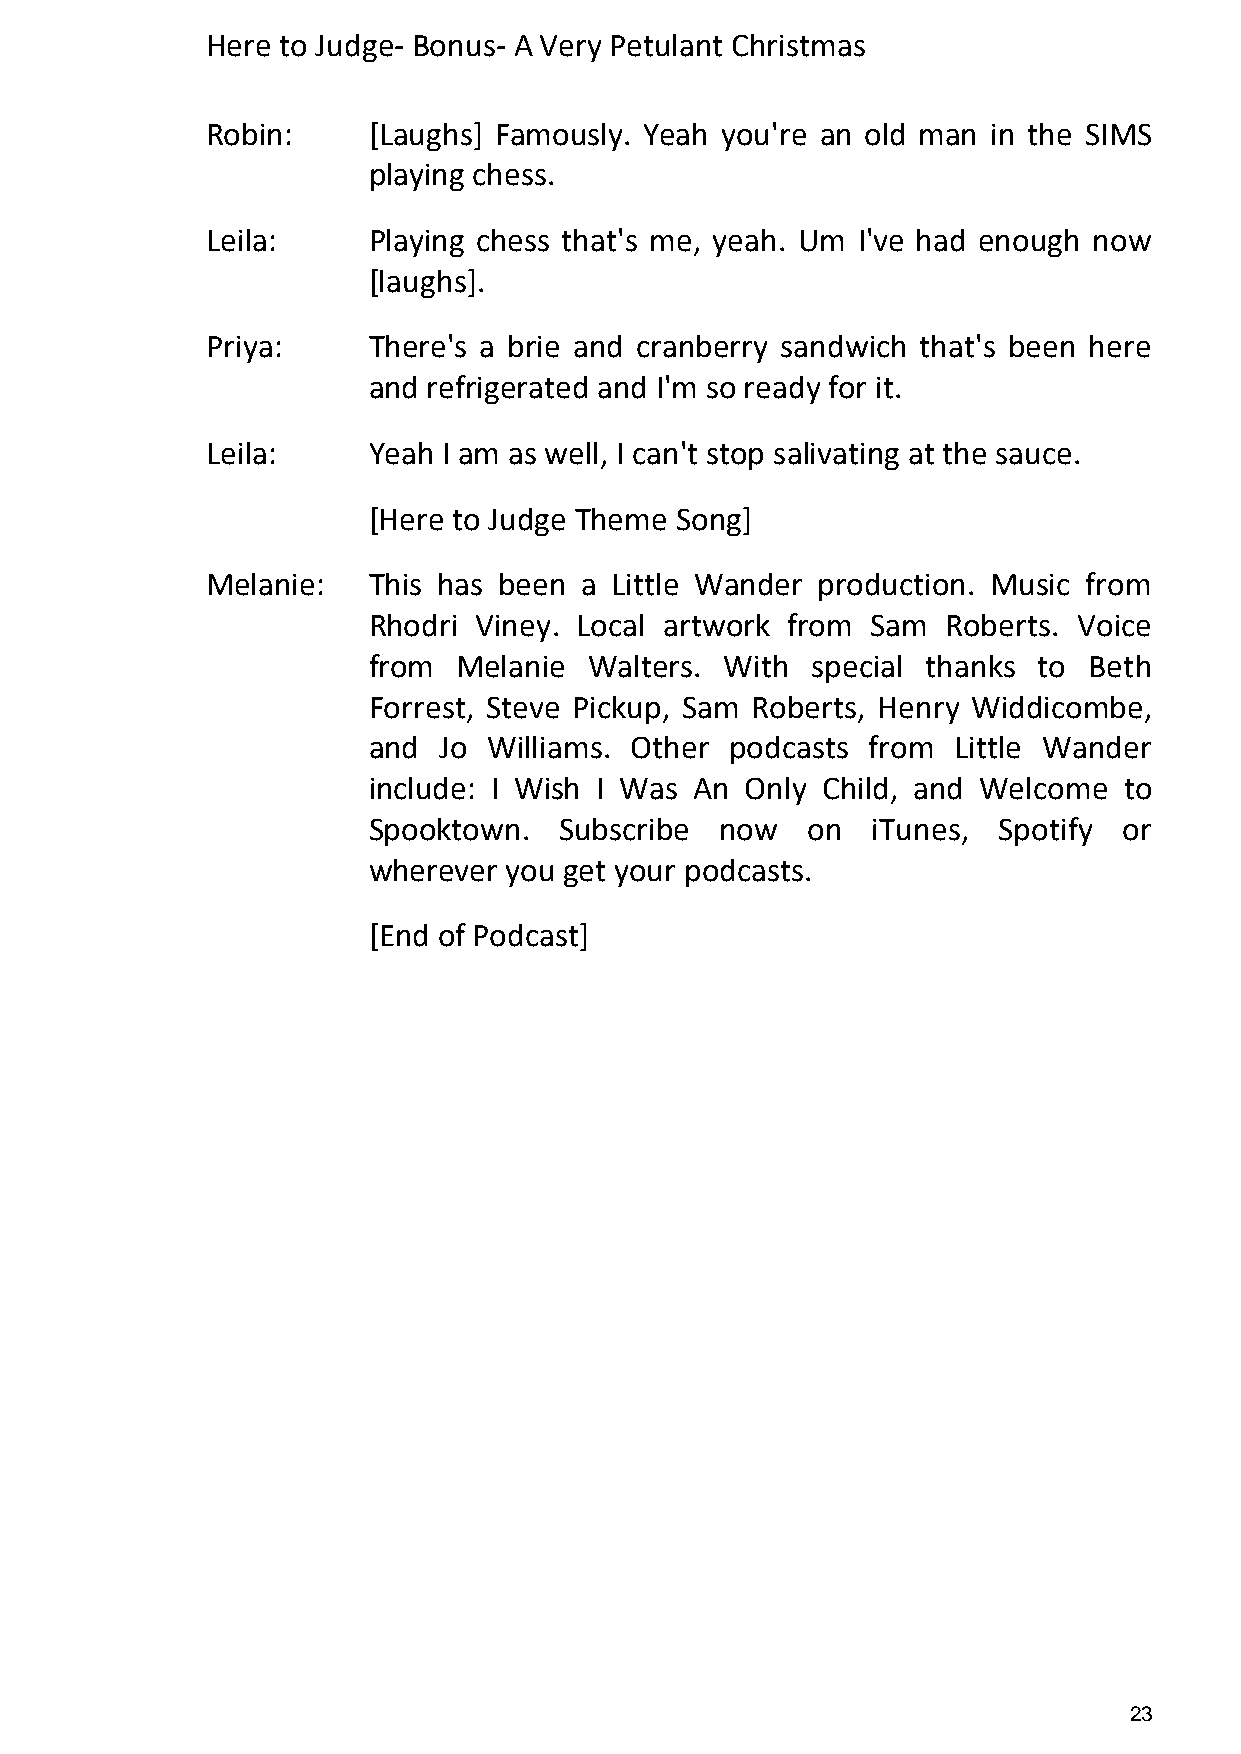
Here to Judge- Bonus- A Very Petulant Christmas
 Robin:    [Laughs] Famously. Yeah you're an old man in the SIMS
 playing chess.
 Leila:    Playing chess that's me, yeah. Um I've had enough now
 [laughs].
 Priya:    There's a brie and cranberry sandwich that's been here
 and refrigerated and I'm so ready for it.
 Leila:    Yeah I am as well, I can't stop salivating at the sauce.
 [Here to Judge Theme Song]
 Melanie:  This has been a Little Wander production. Music from
 Rhodri Viney. Local artwork from  Sam  Roberts. Voice
 from  Melanie  Walters. With  special thanks to Beth
 Forrest, Steve Pickup, Sam Roberts, Henry Widdicombe,
 and  Jo Williams. Other podcasts  from Little Wander
 include: I Wish I Was An Only Child, and Welcome  to
 Spooktown.   Subscribe  now  on   iTunes, Spotify or
 wherever you get your podcasts.
 [End of Podcast]
 23